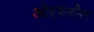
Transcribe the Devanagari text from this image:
ओएफडीएम